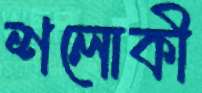
শলোকী